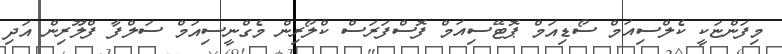
މިފަންޏަކީ ކެލްސިއަމް ސޯޑިއަމް ޕޮޓޭސިއަމް ފޮސްފަރަސް ކްލޯރިން މެގްނީސިއަމް ސަލްފާ ފްލޫރިން އަދި